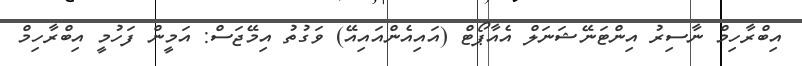
އިބްރާހިމް ނާސިރު އިންޓަނޭޝަނަލް އެއާޕޯޓް (އައިއެންއައިއޭ) ވަގުތު އިމޭޖަސް: އަމީން ފަހުމީ އިބްރާހިމް